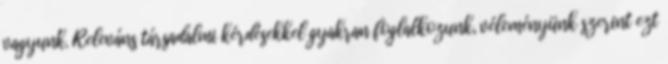
vagyunk. Releváns társadalmi kérdésekkel gyakran foglalkozunk, véleményünk szerint ezt